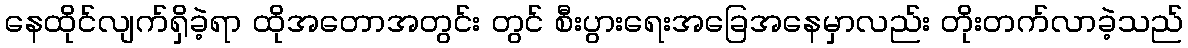
နေထိုင်လျက်ရှိခဲ့ရာ ထိုအတောအတွင်း တွင် စီးပွားရေးအခြေအနေမှာလည်း တိုးတက်လာခဲ့သည်